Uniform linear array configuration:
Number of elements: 16
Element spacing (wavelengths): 1
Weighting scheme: exponential
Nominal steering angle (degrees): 15
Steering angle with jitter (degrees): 15.513
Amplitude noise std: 0.05
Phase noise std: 0.05

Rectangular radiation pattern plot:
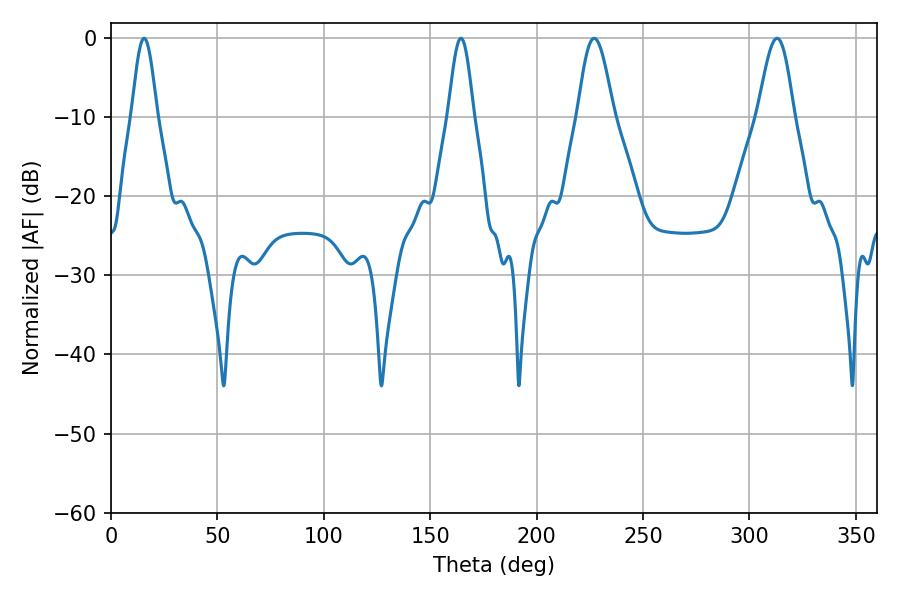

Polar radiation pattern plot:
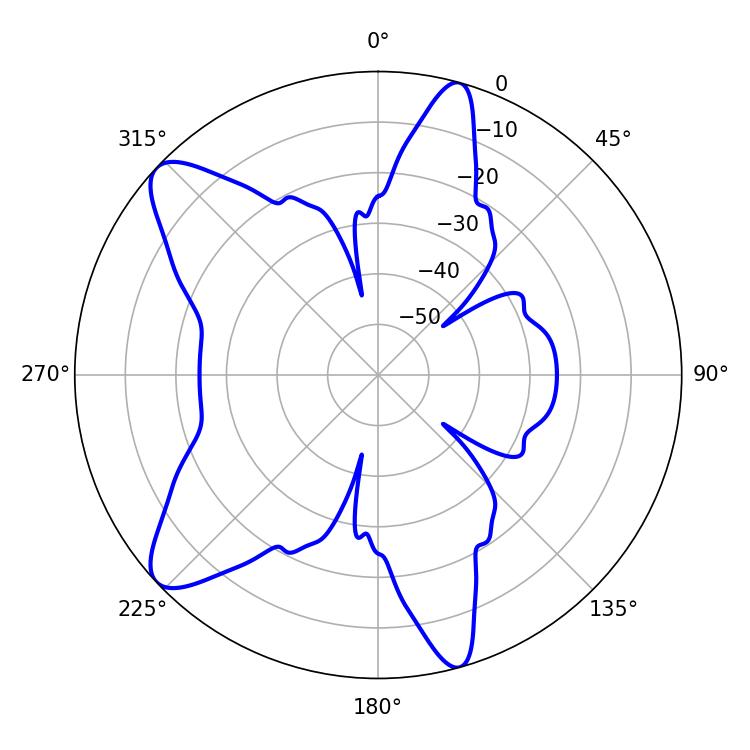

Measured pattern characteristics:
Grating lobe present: TRUE
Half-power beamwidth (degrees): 9
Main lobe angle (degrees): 226.98